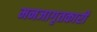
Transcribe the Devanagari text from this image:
मनजागृतकारी